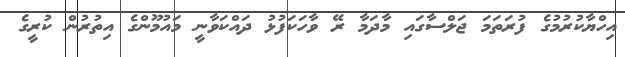
އިހްޔާކުރުމުގެ ފުރަތަމަ ޖަލްސާގައި މާދަމާ ރޭ ވާހަކަފުޅު ދައްކަވާނީ މައުމޫންގެ އިތުރުން ކުރީގެ